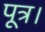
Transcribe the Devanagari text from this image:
पूत्र।